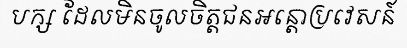
បក្ស ដែលមិនចូលចិត្តជនអន្តោប្រវេសន៍